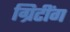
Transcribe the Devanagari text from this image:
ग्रिटींग